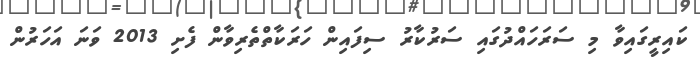
ކައިރީގައިވާ މި ސަރަހައްދުގައި ސަރުކާރު ސިފައިން ހަރަކާތްތެރިވާން ފެށި 2013 ވަނަ އަހަރުން